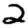
Digit: 2